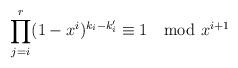
LaTeX: \begin{align*} \prod_{j=i}^{r}(1-x^i)^{k_i-k'_i}\equiv 1 \mod x^{i+1} \end{align*}